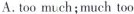
A.too much;much too